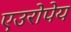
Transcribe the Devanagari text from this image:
एउरोपेय